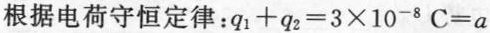
根据电荷守恒定律：$$q _ { 1 } +